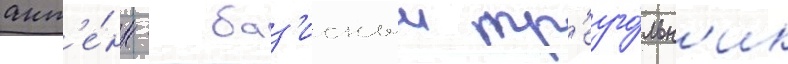
ант'е́нн - баз'исныи тр'еуго́льн'ик